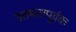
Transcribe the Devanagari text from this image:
उत्तमतापूर्वक